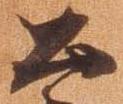
公